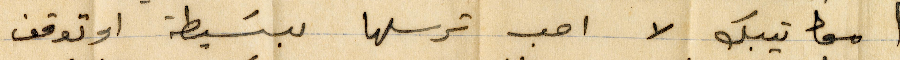
معا تيبك لا احب ترسلها تبسيط او توقف